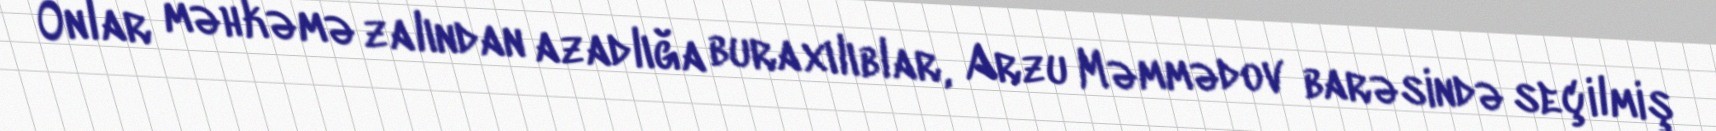
Onlar məhkəmə zalından azadlığa buraxılıblar, Arzu Məmmədov barəsində seçilmiş